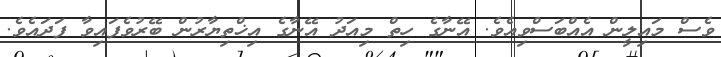
ވެސް މައިލީން އެއްބަސްވިއެވެ. އޭނާގެ ހިތް މިއަދު އޭނާގެ އިޚްތިޔާރުން ބޭރުވެފައިވާ ފަދައެވެ.